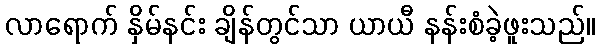
လာရောက် နှိမ်နင်း ချိန်တွင်သာ ယာယီ နန်းစံခဲ့ဖူးသည်။